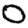
Digit: 0